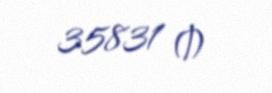
35831 ₼